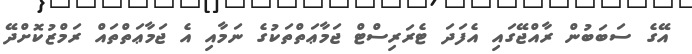
އޭގެ ސަބަބުން ރާއްޖޭގައި އެފަދަ ޓެރަރިސްޓް ޖަމާޢަތްތަކުގެ ނަމާއި އެ ޖަމާޢަތްތައް ރަމްޒުކޮށްދޭ